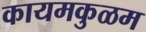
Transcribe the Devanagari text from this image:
कायमकुळम